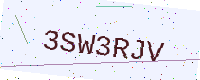
Text: 3SW3RJV